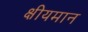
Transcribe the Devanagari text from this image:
क्षीयमान